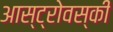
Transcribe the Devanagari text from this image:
आस्ट्रोवस्की